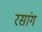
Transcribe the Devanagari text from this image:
रसांग